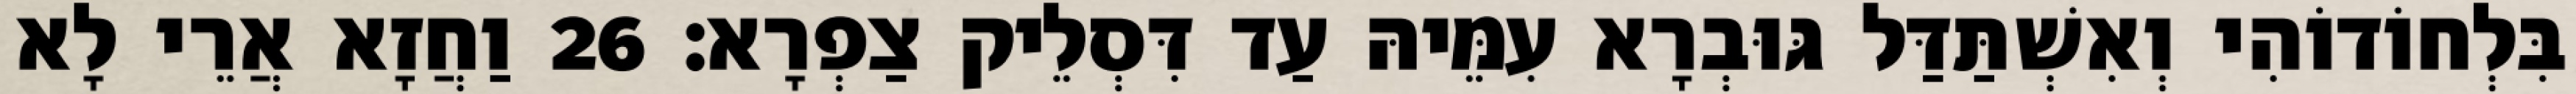
בִּלְחוֹדוֹהִי וְאִשְׁתַּדַּל גּוּבְרָא עִמֵּיהּ עַד דִּסְלֵיק צַפְרָא׃ 26 וַחֲזָא אֲרֵי לָא